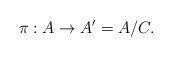
LaTeX: \begin{align*}\pi:A \to A'=A/C. \end{align*}